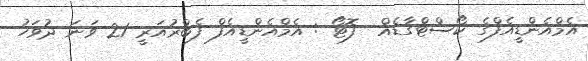
އެމްއެންޑީއެފްގެ ކޯސްޓްގާޑެއް  ފޮޓޯ : އެމްއެންޑީއެފް ފެބްރުއަރީ 21 ވަނަ ދުވަހު